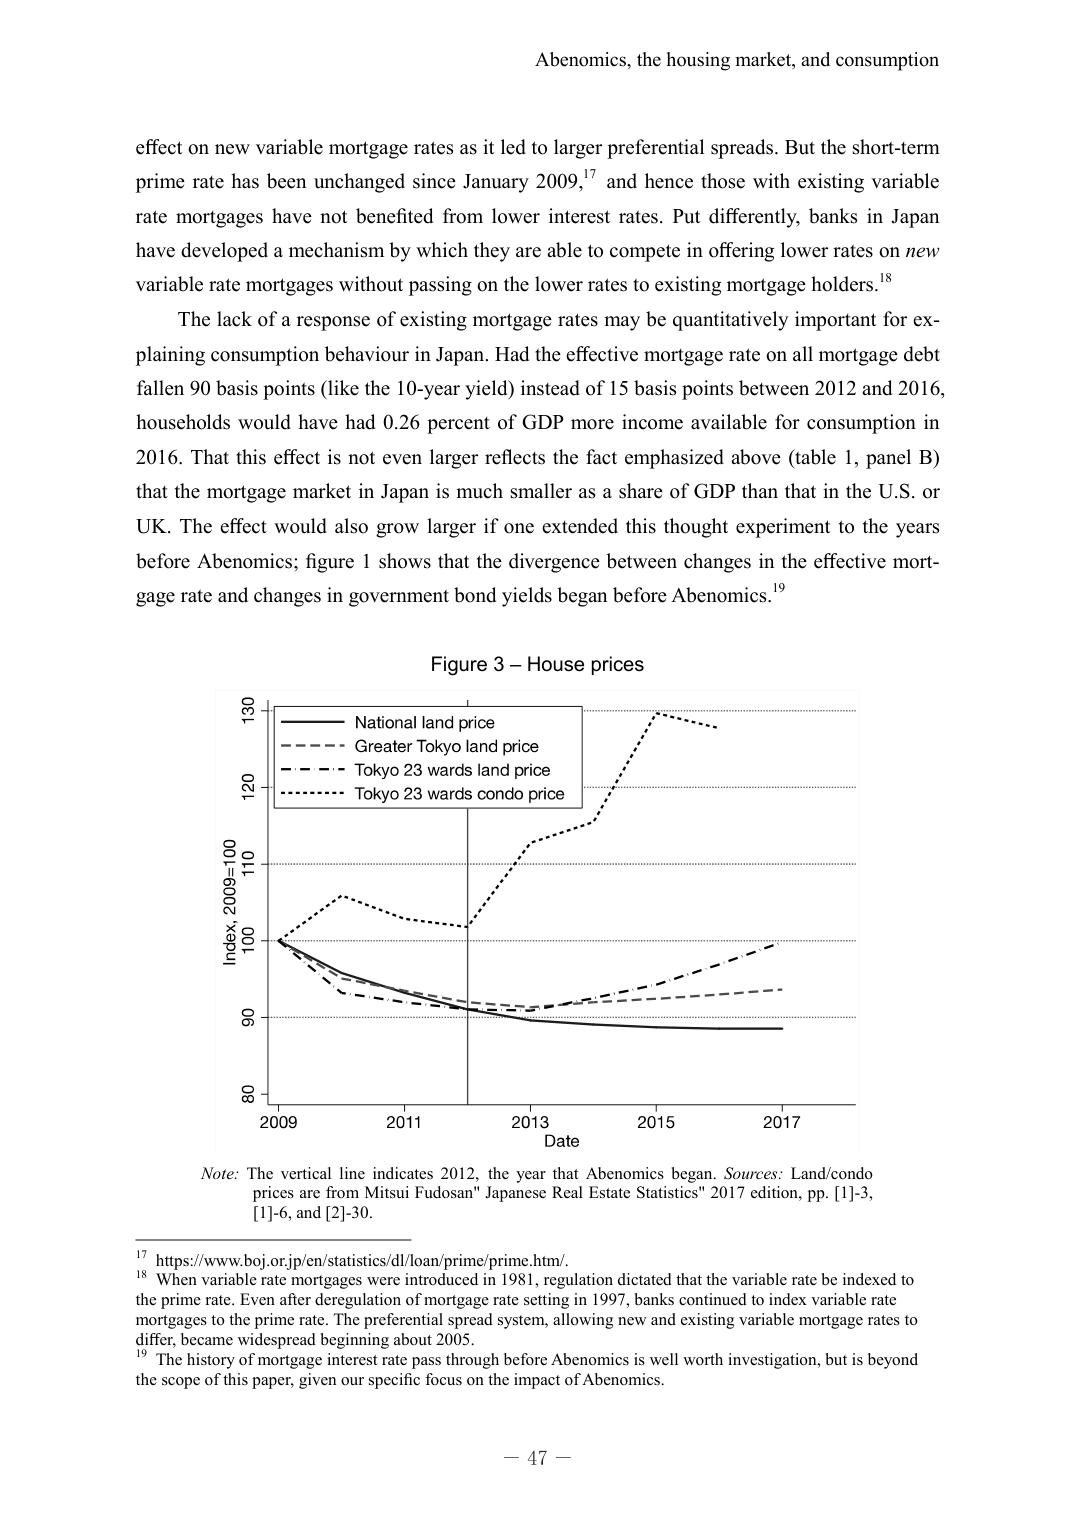
Abenomics, the housing market, and consumption

effect on new variable mortgage rates as it led to larger preferential spreads. But the short-term prime rate has been unchanged since January 2009,¹⁷ and hence those with existing variable rate mortgages have not benefited from lower interest rates. Put differently, banks in Japan have developed a mechanism by which they are able to compete in offering lower rates on new variable rate mortgages without passing on the lower rates to existing mortgage holders.¹⁸

The lack of a response of existing mortgage rates may be quantitatively important for explaining consumption behaviour in Japan. Had the effective mortgage rate on all mortgage debt fallen 90 basis points (like the 10-year yield) instead of 15 basis points between 2012 and 2016, households would have had 0.26 percent of GDP more income available for consumption in 2016. That this effect is not even larger reflects the fact emphasized above (table 1, panel B) that the mortgage market in Japan is much smaller as a share of GDP than that in the U.S. or UK. The effect would also grow larger if one extended this thought experiment to the years before Abenomics; figure 1 shows that the divergence between changes in the effective mortgage rate and changes in government bond yields began before Abenomics.¹⁹

Figure 3 – House prices

Index, 2009=100
130
120
110
100
90
80

2009    2011    2013    2015    2017
Date

National land price
Greater Tokyo land price
Tokyo 23 wards land price
Tokyo 23 wards condo price

Note: The vertical line indicates 2012, the year that Abenomics began. Sources: Land/condo prices are from Mitsui Fudosan" Japanese Real Estate Statistics" 2017 edition, pp. [1]-3, [1]-6, and [2]-30.

¹⁷ https://www.boj.or.jp/en/statistics/dl/loan/prime/prime.htm/.
¹⁸ When variable rate mortgages were introduced in 1981, regulation dictated that the variable rate be indexed to the prime rate. Even after deregulation of mortgage rate setting in 1997, banks continued to index variable rate mortgages to the prime rate. The preferential spread system, allowing new and existing variable mortgage rates to differ, became widespread beginning about 2005.
¹⁹ The history of mortgage interest rate pass through before Abenomics is well worth investigation, but is beyond the scope of this paper, given our specific focus on the impact of Abenomics.

– 47 –